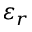
\varepsilon _ { r }